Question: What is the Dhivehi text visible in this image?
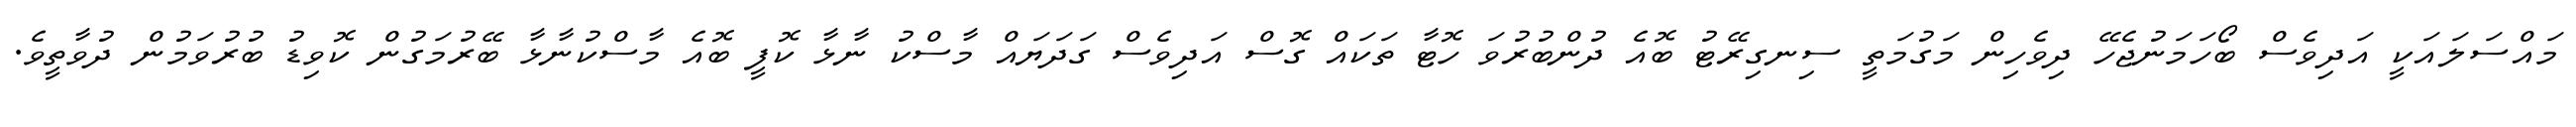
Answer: މައްސަލައަކީ އަދިވެސް ބޯހަމަނުޖެހޭ ދިވެހިން މަގުމަތީ ސިނގިރޭޓު ބޮއެ ދުންބުރުވަ ހޮޓާ ތަކައް ގޮސް އަދިވެސް ގަދަޔައް މާސްކު ނާޅާ ކޮފީ ބޮއެ މާސްކުނާޅާ ބޭރުމަގުން ކޮވިޑު ބުރުވަމުން ދުވާތީވެ.